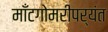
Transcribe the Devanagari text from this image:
माँटगोमरीपर्यंत